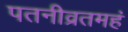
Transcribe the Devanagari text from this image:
पतनीव्रतमहं